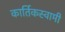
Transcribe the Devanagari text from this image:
कार्तिकस्‍वामी